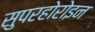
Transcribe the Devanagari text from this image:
सुपरहोरोइन